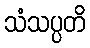
သံသပ္ပတိ